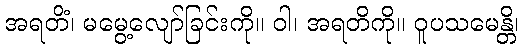
အရတိံ၊ မမွေ့လျော်ခြင်းကို။ ဝါ၊ အရတိကို။ ဝူပသမေန္တိ၊